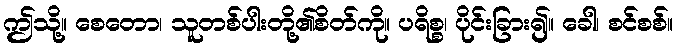
ဤသို့။ စေတော၊ သူတစ်ပါးတို့၏စိတ်ကို။ ပရိစ္စ၊ ပိုင်းခြား၍။ ခေါ၊ စင်စစ်။